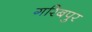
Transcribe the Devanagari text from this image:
गरिबपुर